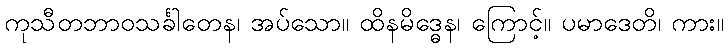
ကုသီတဘာဝသင်္ခါတေန၊ အပ်သော။ ထိနမိဒ္ဓေန၊ ကြောင့်။ ပမာဒေတိ၊ ကား။